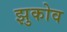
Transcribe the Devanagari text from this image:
झुकोव